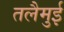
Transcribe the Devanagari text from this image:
तलैमुई